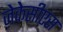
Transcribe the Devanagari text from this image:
जेकेसीएस